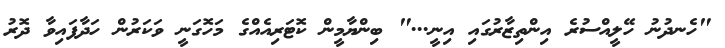
"ހެނދުނު ހޭލީއްސުރެ އިންތިޒާރުގައި އިނީ..." ބިންޔާމީން ކޮޓަރިއެއްގެ މަހޮގަނީ ވަކަރުން ހަދާފައިވާ ދޮރު